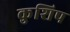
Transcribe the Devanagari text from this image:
कुशिप